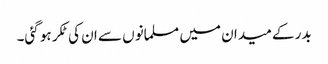
بدر کے میدان میں مسلمانوں سے ان کی ٹکر ہو گئی۔